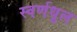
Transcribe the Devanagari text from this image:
स्वर्णधूल